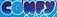
CONFY